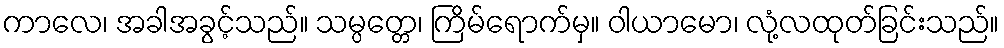
ကာလေ၊ အခါအခွင့်သည်။ သမ္ပတ္တေ၊ ကြိမ်ရောက်မှ။ ဝါယာမော၊ လုံ့လထုတ်ခြင်းသည်။